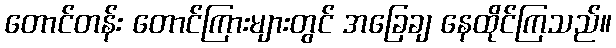
တောင်တန်း တောင်ကြားများတွင် အခြေချ နေထိုင်ကြသည်။